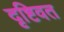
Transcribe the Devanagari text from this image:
दृष्टिवत